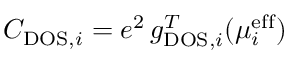
C _ { \mathrm { D O S } , i } = e ^ { 2 } \, g _ { \mathrm { D O S } , i } ^ { T } ( \mu _ { i } ^ { \mathrm { e f f } } )